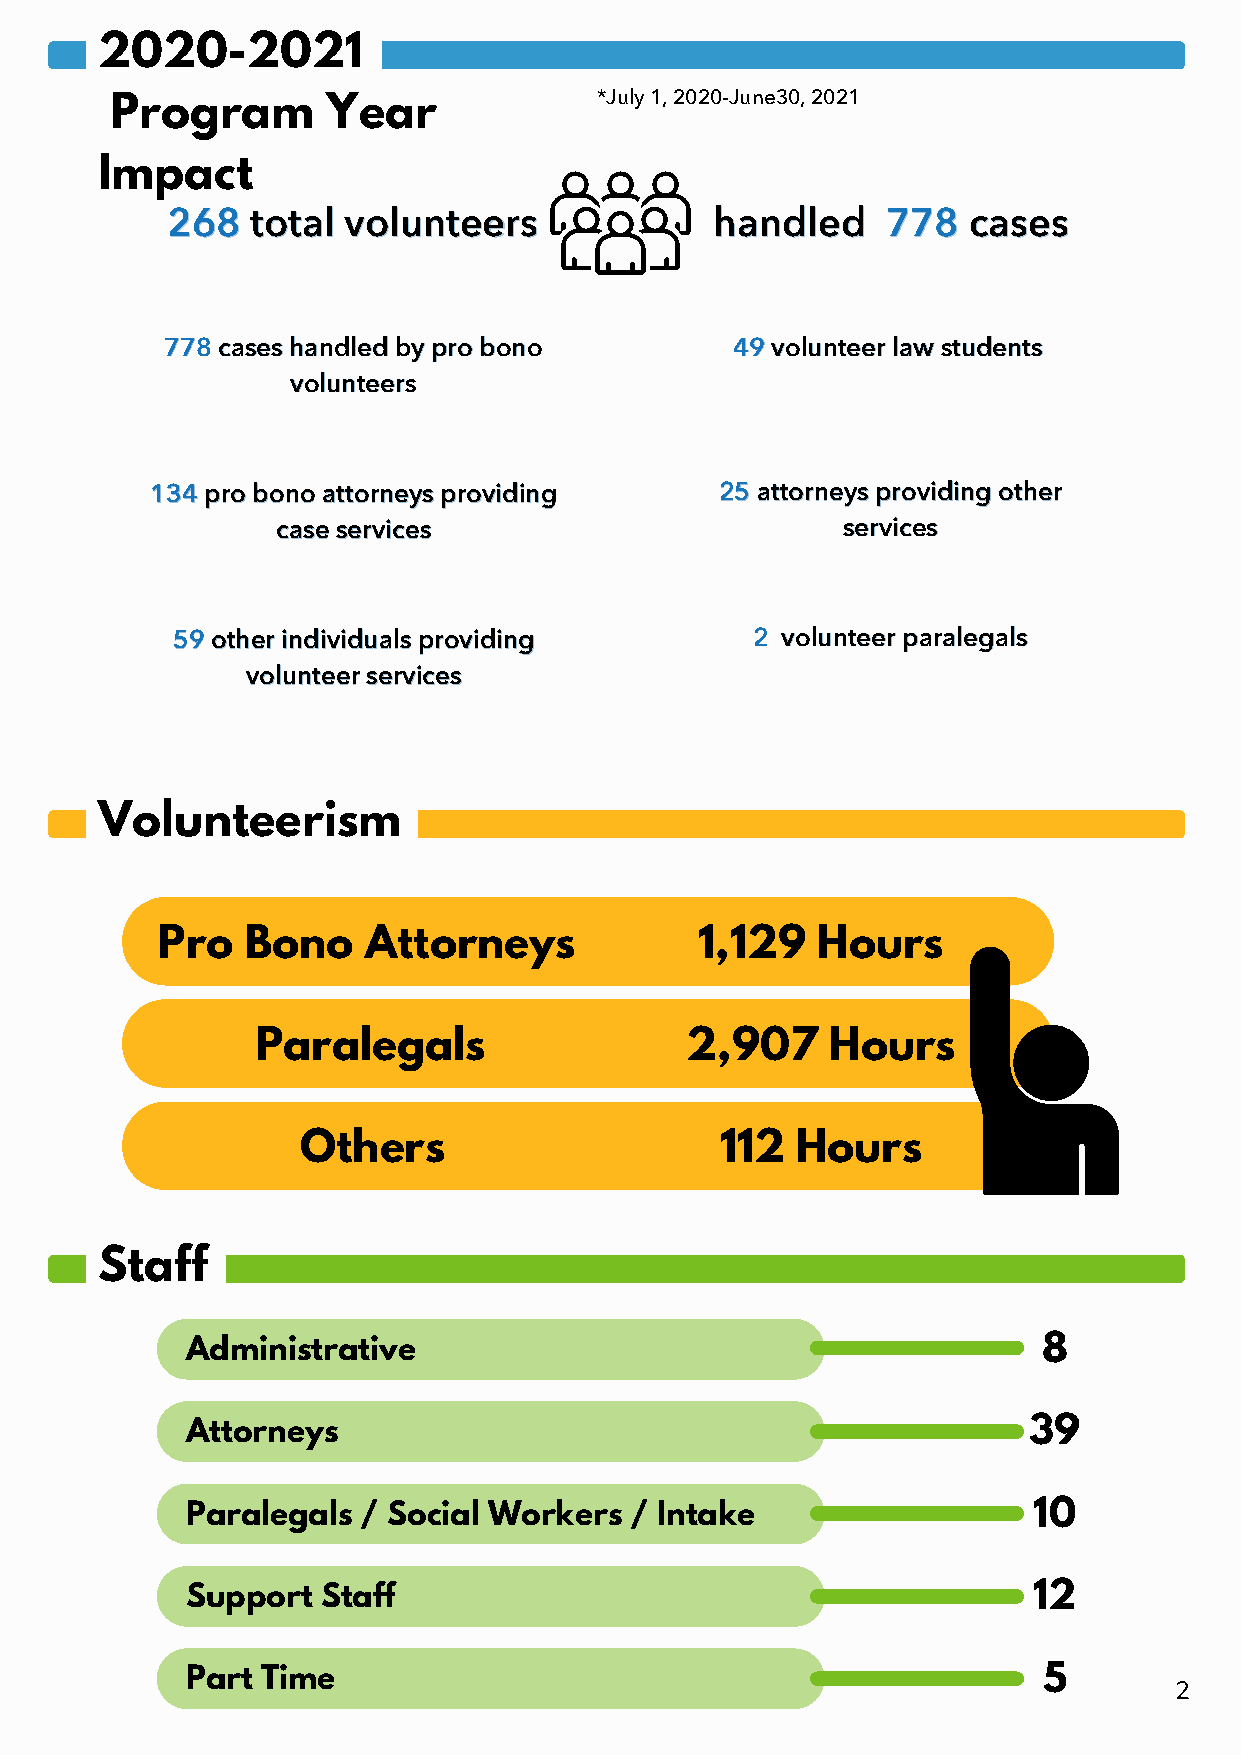
2020-2021
 *July 1, 2020-June30, 2021
 Program        Year
 Impact
 226688 ttoottaall vvoolluunntteeeerrss hhaannddlleedd 777788 ccaasseess
 777788 ccaasseess hhaannddlleedd bbyy pprroo bboonnoo 4499 vvoolluunntteeeerr llaaww ssttuuddeennttss
 vvoolluunntteeeerrss
 113344 pprroo bboonnoo aattttoorrnneeyyss pprroovviiddiinngg 2255 aattttoorrnneeyyss pprroovviiddiinngg ootthheerr
 ccaassee sseerrvviicceess             sseerrvviicceess
 5599 ootthheerr iinnddiivviidduuaallss pprroovviiddiinngg 22 vvoolluunntteeeerr ppaarraalleeggaallss
 vvoolluunntteeeerr sseerrvviicceess
 Volunteerism
 Pro   Bono    Attorneys             1,129   Hours
 Paralegals                  2,907     Hours
 Others                      112  Hours
 Staff
 Administrative                                           8
 Attorneys                                               39
 Paralegals  / Social Workers  / Intake                  10
 Support  Staff                                          12
 Part Time                                                5
 2